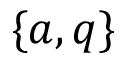
\{ a , q \}